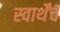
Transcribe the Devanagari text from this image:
स्वार्थेंच